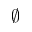
\varnothing